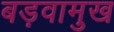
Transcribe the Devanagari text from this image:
बड़वामुख